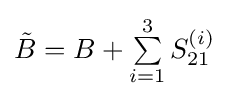
{\textstyle {\tilde {B}}=B+\sum \limits _{i=1}^{3}S_{21}^{(i)}}